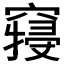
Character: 𱷖